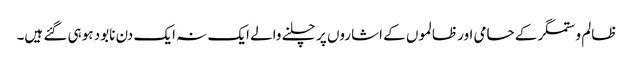
ظالم و ستمگر کے حامی اور ظالموں کے اشاروں پر چلنے والے ایک نہ ایک دن نابود ہوہی گئے ہیں۔